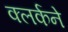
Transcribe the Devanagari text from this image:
क्लर्कने